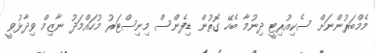
މެމްބަރުންނަށް ސެކިއުރިޓީ ދިނުމާ ބެހޭ ގޮތުން ޑިފެންސް މިނިސްޓަރު މުހައްމަދު ނާޒިމް ވިދާޅުވީ